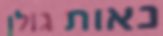
נאות גולן